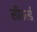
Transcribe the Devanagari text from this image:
सीवर्ल्ड